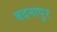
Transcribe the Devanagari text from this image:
बदनापुर